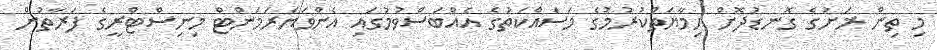
މި ތިން ރަށުގެ ގޮނޑުދޮށް ހިމާޔަތްކުރުމުގެ މަސައްކަތުގެ އެއްބަސްވުމުގައި އެންވަޔަރަމަންޓް މިނިސްްޓްރީގެ ފަރާތުން